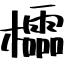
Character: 櫺